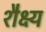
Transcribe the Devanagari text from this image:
शैक्ष्य